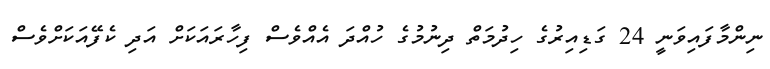
ނިންމާފައިވަނީ 24 ގަޑިއިރުގެ ހިދުމަތް ދިނުމުގެ ހުއްދަ އެއްވެސް ފިހާރައަކަށް އަދި ކެފޭއަކަށްވެސް